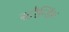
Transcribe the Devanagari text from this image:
स्टरैन्डिंग